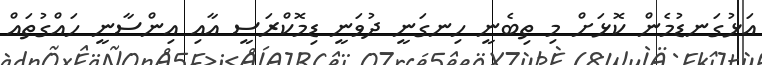
އަޅުގަނޑުމެން ކޮޅަށް މި ތިބެނީ ހިނގަނީ ދުވަނީ ޑިމޮކްރަސީ އާއި އިންސާނީ ހައްގުތައް